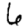
Digit: 6